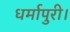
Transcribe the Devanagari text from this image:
धर्मापुरी।